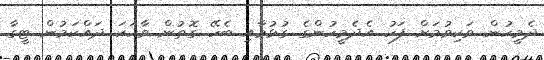
ދެމީހުން ވަކިވުމަށް ފަހު އެދެމީހުންގެ ގުޅުމާއި ބެހޭ ގޮތުން ވާހަކަ ދައްކަމުން ޓީގާ